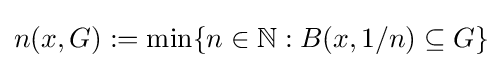
n(x,G):=\min\{n\in \mathbb {N} :B(x,1/n)\subseteq G\}